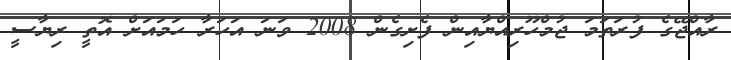
ރާއްޖޭގެ ފުރަތަމަ ޖުމްހޫރިއްޔާއިން ފެށިގެން 2008 ވަނަ އަހަރާ ހަމައަށް އޮތީ ރިޔާސީ